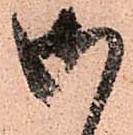
御